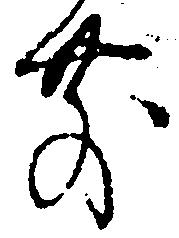
前